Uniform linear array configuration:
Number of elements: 32
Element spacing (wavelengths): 0.25
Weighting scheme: kaiser
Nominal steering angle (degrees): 60
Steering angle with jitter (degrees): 61.309
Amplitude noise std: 0.05
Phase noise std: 0.05

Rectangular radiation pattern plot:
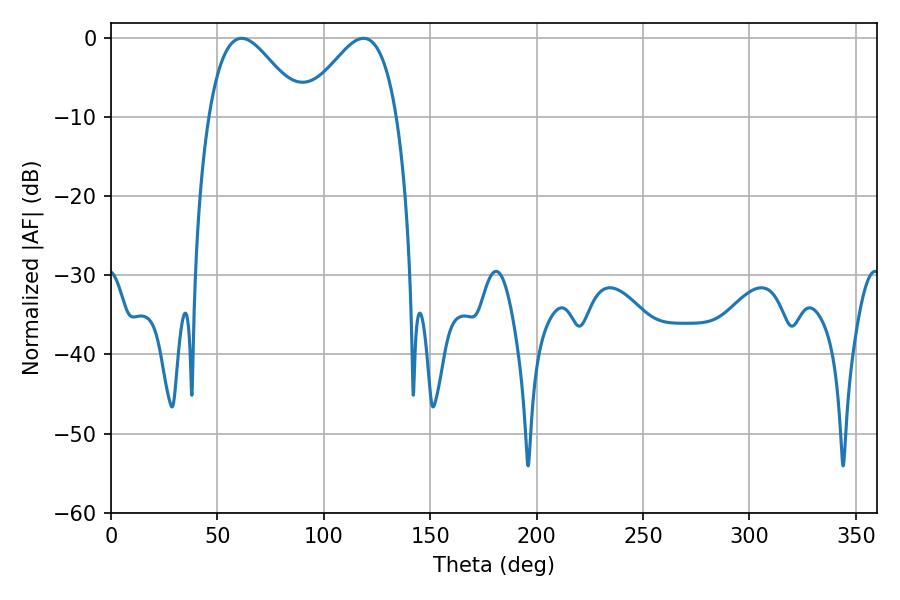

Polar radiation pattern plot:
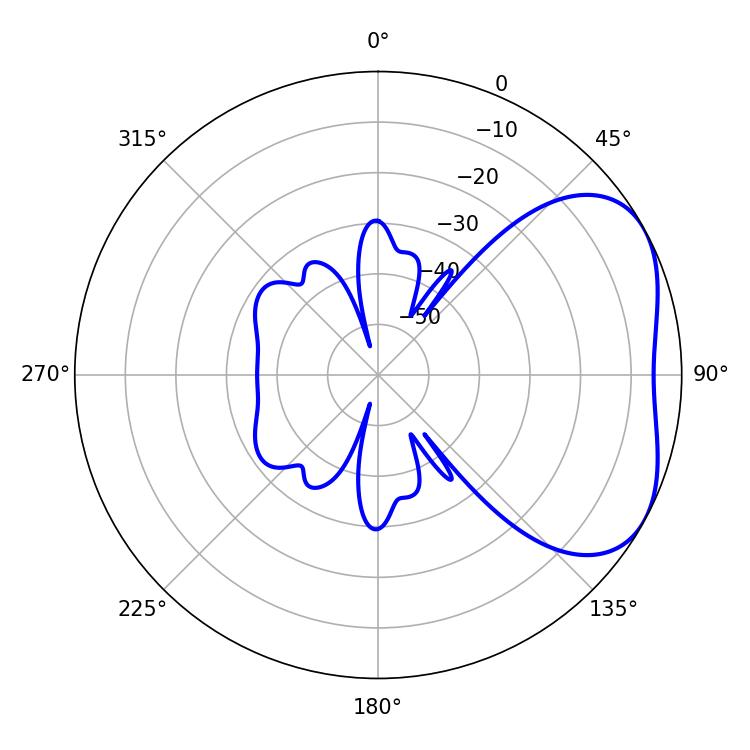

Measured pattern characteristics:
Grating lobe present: FALSE
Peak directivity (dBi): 3.941
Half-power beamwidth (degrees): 23.58
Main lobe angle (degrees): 61.38